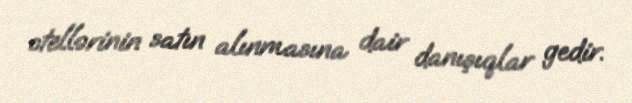
otellərinin satın alınmasına dair danışıqlar gedir.